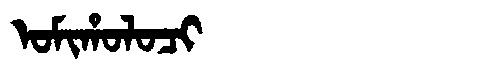
Manchu: ᠣᠮᡳᡥᠣᠯᠣᠴᡳ
Romanization: OMIHOLOCI